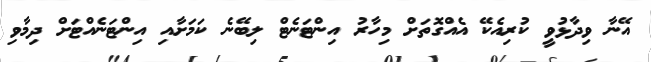
އޭނާ ވިދާޅުވީ ކުރިއެކޭ އެއްގޮތަށް މިހާރު އިންޓަނެޓް ލިބޭނެ ކަމަށާއި އިންޓަނެއްޓަށް ދިމާވި